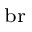
_ \mathrm { b r }